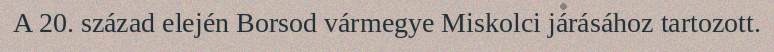
A 20. század elején Borsod vármegye Miskolci járásához tartozott.